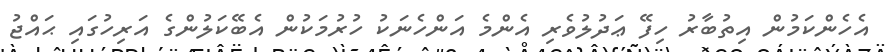
އެހެންކަމުން އިތުބާރު ހިފޭ ޢަދުލުވެރި އެންމެ އަންހެނަކު ހުރުމަކުން އެބޭކަލުންގެ އަރިހުގައި ޙައްޖު